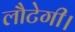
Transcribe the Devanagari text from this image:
लौटेगी।